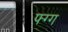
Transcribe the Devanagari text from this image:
फ्ग्ग